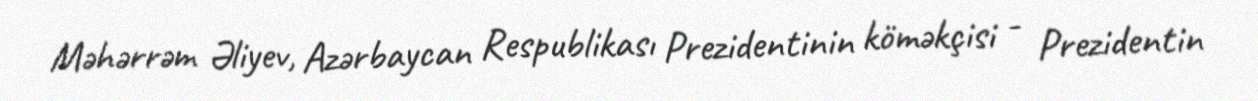
Məhərrəm Əliyev, Azərbaycan Respublikası Prezidentinin köməkçisi - Prezidentin